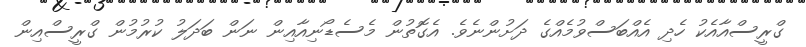
ގްރީސްއާއެކު ހެދި އެއްބަސްވުމެއްގެ ދަށުންނެވެ. އެގޮތުން މެސެޑޯނިއާއިން ނަން ބަދަލު ކުރުމުން ގްރީސްއިން